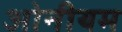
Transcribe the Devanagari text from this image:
ओनीयम